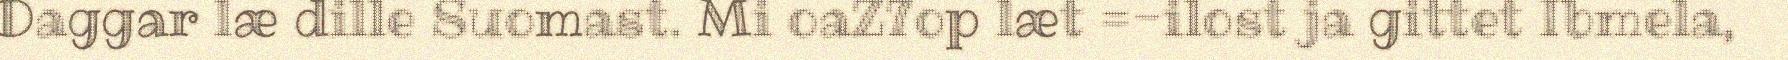
Daggar læ dille Suomast. Mi oaZ7op læt =-ilost ja gittet Ibmela,